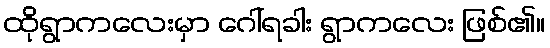
ထိုရွာကလေးမှာ ဂေါ်ရခါး ရွာကလေး ဖြစ်၏။